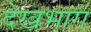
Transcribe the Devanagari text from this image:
देखभाग